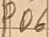
Text: PD6